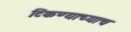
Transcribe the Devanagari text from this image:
टिकण्याच्याच